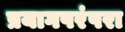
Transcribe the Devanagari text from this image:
प्रयागपरंपरा